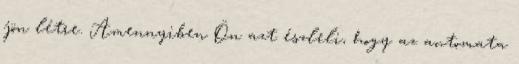
jön létre. Amennyiben Ön azt észleli, hogy az automata